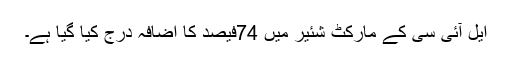
ایل آئی سی کے مارکٹ شئیر میں 74فیصد کا اضافہ درج کیا گیا ہے۔